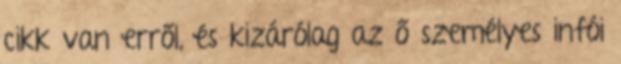
cikk van erről, és kizárólag az ő személyes infói